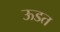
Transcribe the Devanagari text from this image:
ऊडत